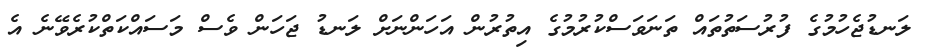
ލަނޑުޖެހުމުގެ ފުރުސަތުތައް ތަނަވަސްކުރުމުގެ އިތުރުން އަހަންނަށް ލަނޑު ޖަހަން ވެސް މަސައްކަތްކުރެވޭނެ އެ